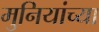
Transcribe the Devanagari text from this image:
मुनियांच्या